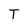
Character: T